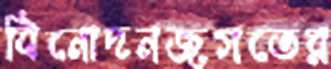
বিনোদনজগতের